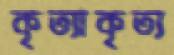
কৃত্যাকৃত্য